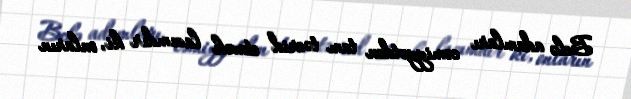
Belə adamları cəmiyyətdən tam təcrid etmək lazımdır ki, onların